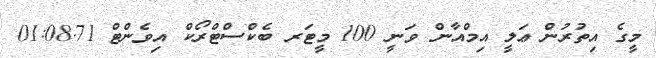
މީގެ އިތުރުން ޢަލީ އިމްއާން ވަނީ 100 މީޓަރ ބެކްސްޓްރޯކް އިވެންޓް 01:08.71